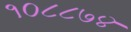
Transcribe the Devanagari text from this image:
१०८८७४